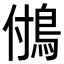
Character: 𩿧